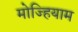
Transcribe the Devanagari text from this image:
मोज्हियाम